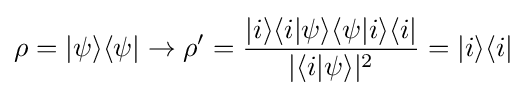
\rho =|\psi \rangle \langle \psi |\to \rho '={\frac {|i\rangle \langle i|\psi \rangle \langle \psi |i\rangle \langle i|}{|\langle i|\psi \rangle |^{2}}}=|i\rangle \langle i|